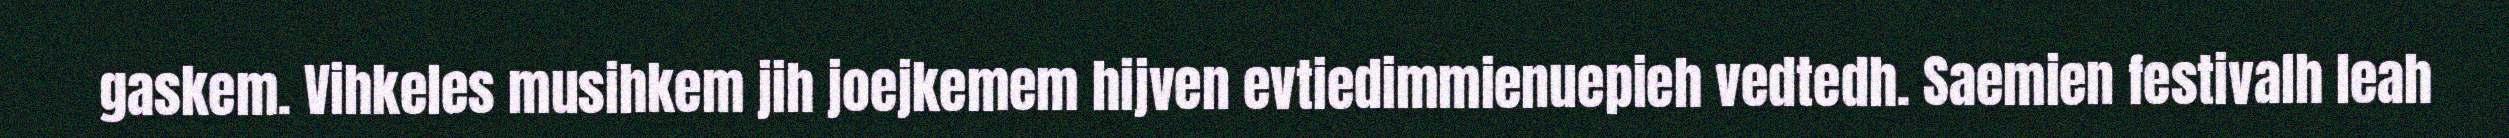
gaskem. Vihkeles musihkem jih joejkemem hijven evtiedimmienuepieh vedtedh. Saemien festivalh leah